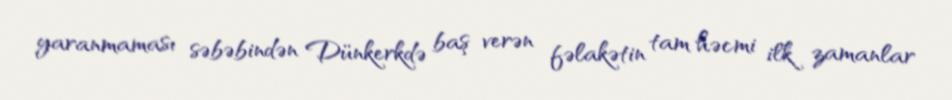
yaranmaması səbəbindən Dünkerkdə baş verən fəlakətin tam həcmi ilk zamanlar